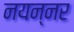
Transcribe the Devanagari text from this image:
नयन्नर